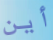
أين